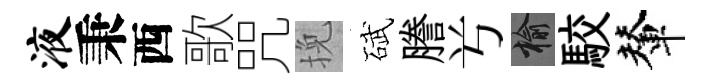
液秉西歌咒挽碔謄𠔃榆駮輦